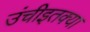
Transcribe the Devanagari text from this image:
उंचीइतक्या